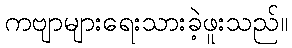
ကဗျာများရေးသားခဲ့ဖူးသည်။